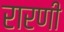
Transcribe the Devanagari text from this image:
रारणी